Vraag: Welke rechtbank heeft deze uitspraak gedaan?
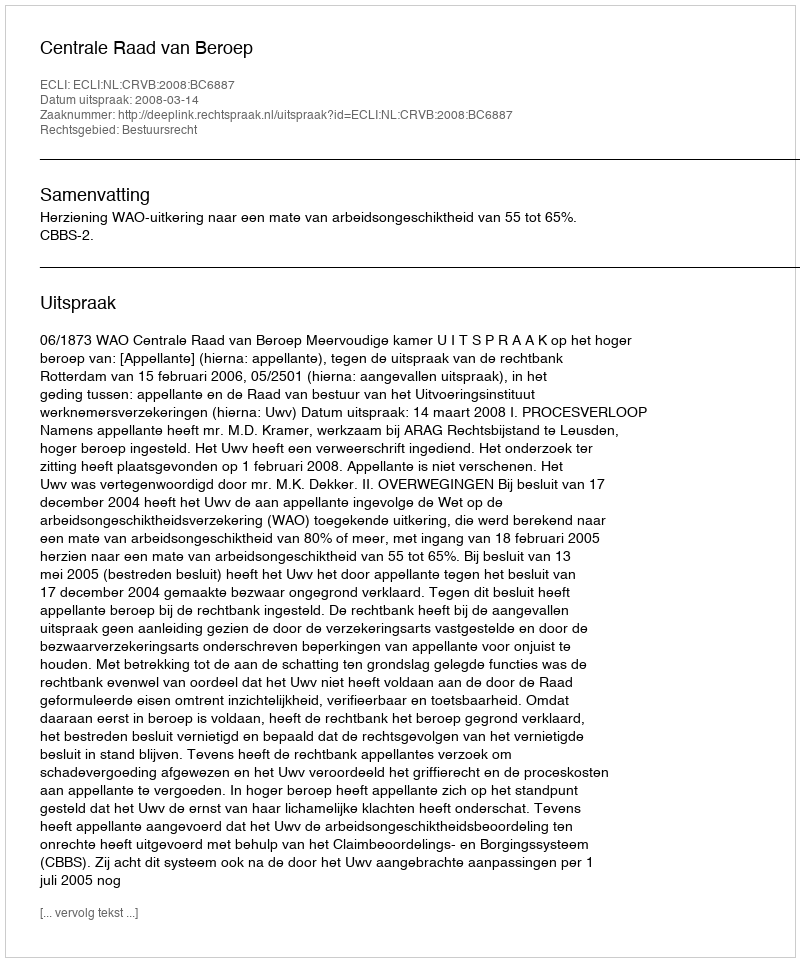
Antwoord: Centrale Raad van Beroep